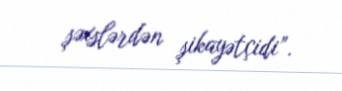
şəxslərdən şikayətçidi”.